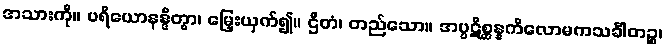
အသားကို။ ပရိယောနန္ဒိတွာ၊ မြှေးယှက်၍။ ဌိတံ၊ တည်သော။ အပ္ပဋိစ္ဆန္နကိလောမကသင်္ခါတဉ္စ၊